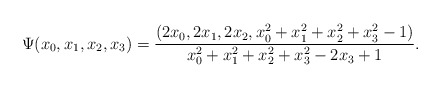
\begin{align*}\Psi(x_0, x_1, x_2, x_3) =\frac{(2x_0, 2x_1, 2x_2, x_0^2 + x_1^2 + x_2^2 + x_3^2- 1)}{x_0^2 + x_1^2 + x_2^2 + x_3^2 - 2x_3 + 1}.\end{align*}